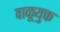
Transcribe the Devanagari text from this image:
वाळूयुक्त